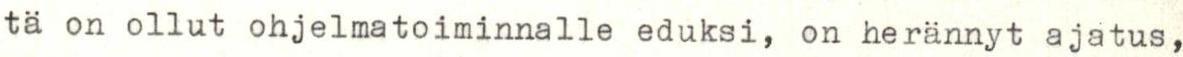
tä on ollut ohjelmatoiminnalle eduksi, on herännyt ajatus,